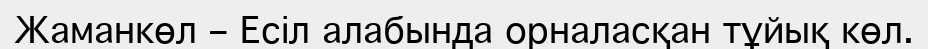
Жаманкөл – Есіл алабында орналасқан тұйық көл.